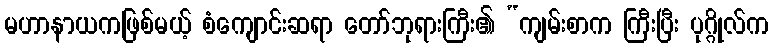
မဟာနာယကဖြစ်မယ့် စံကျောင်းဆရာ တော်ဘုရားကြီး၏ “ကျမ်းစာက ကြီးပြီး ပုဂ္ဂိုလ်က